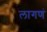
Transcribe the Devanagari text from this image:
लागणं